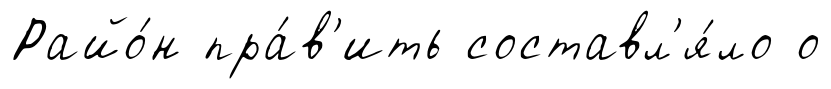
Райо́н пра́в'ить составл'я́ло о